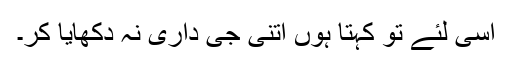
اسی لئے تو کہتا ہوں اتنی جی داری نہ دکھایا کر۔